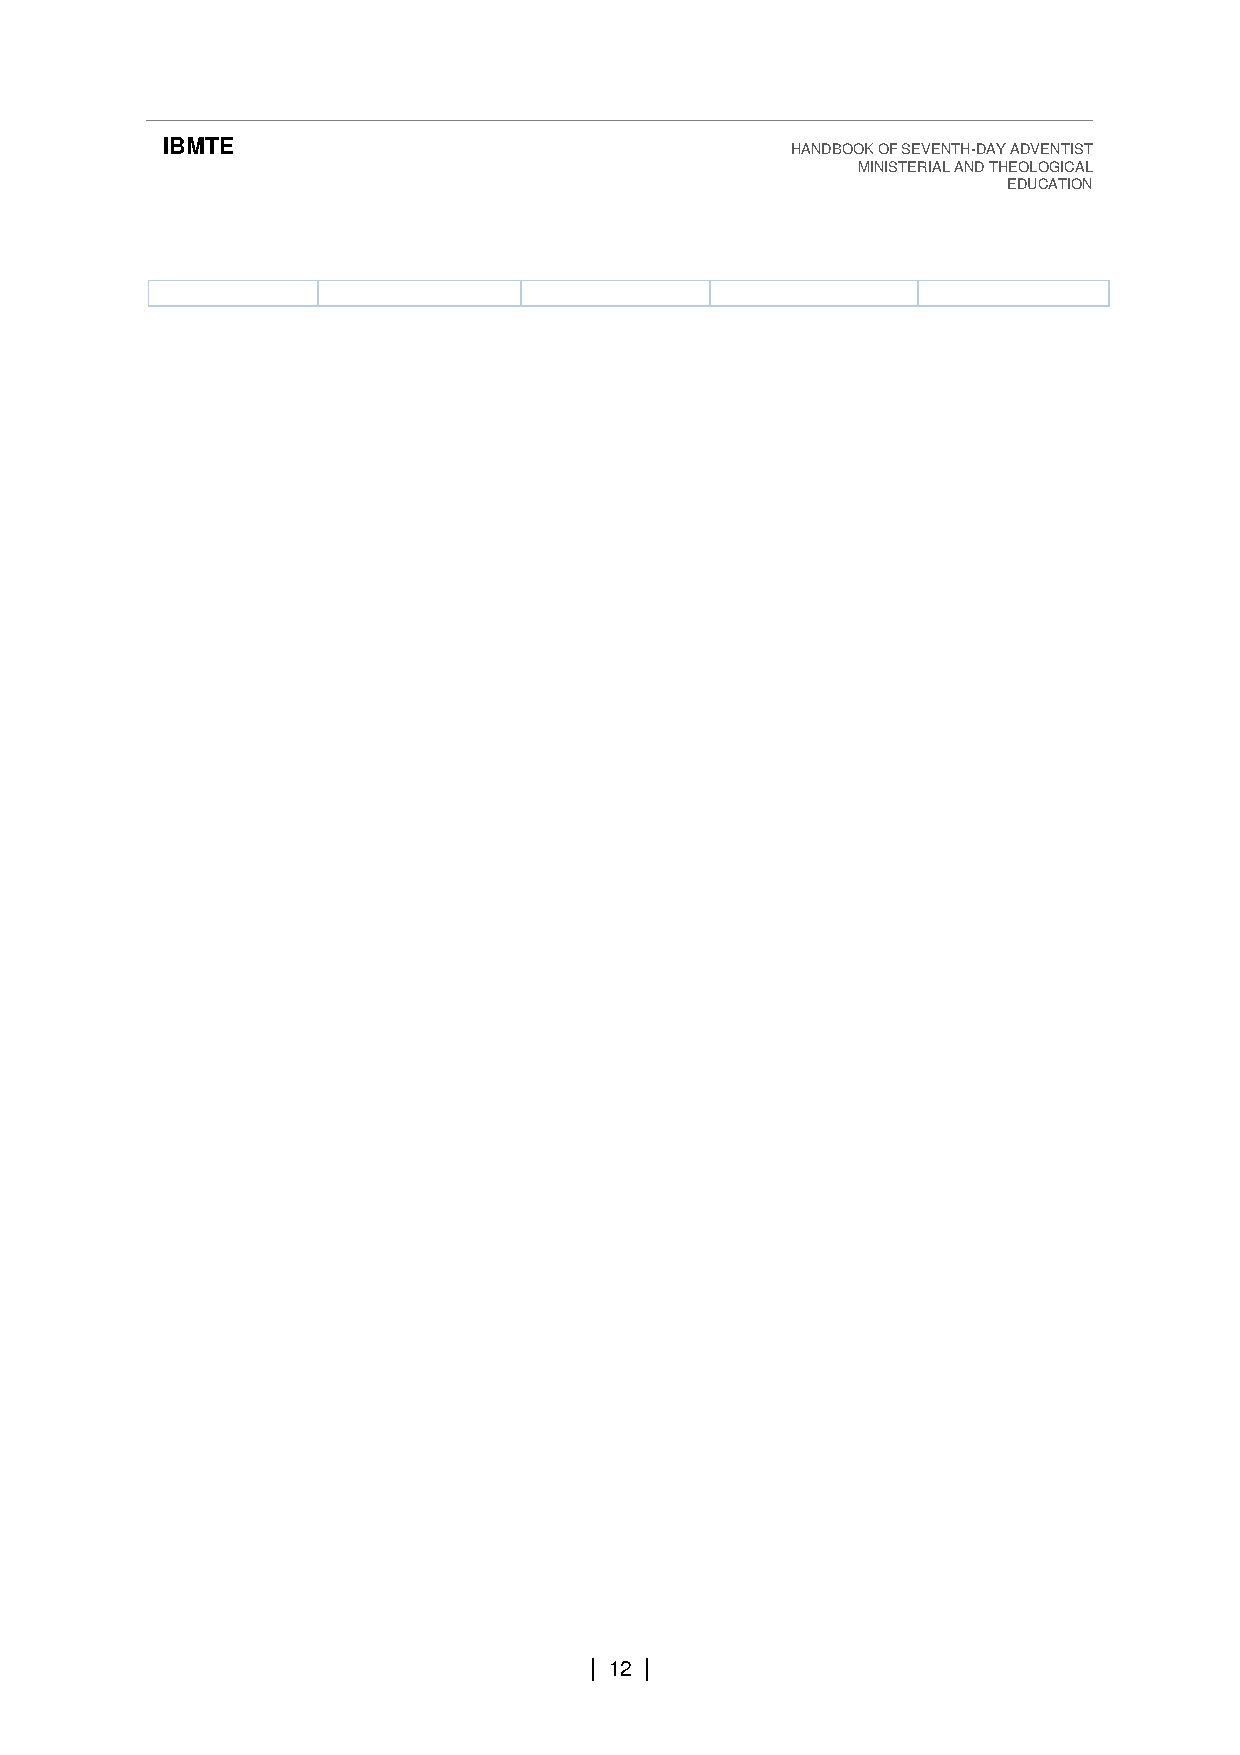
IBMTE                                    HANDBOOK OF SEVENTH-DAY ADVENTIST
 MINISTERIAL AND THEOLOGICAL
 EDUCATION
 | 12 |